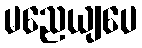
မညေယျပေ